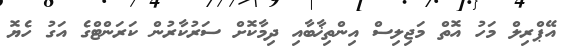
އޭޕްރިލް މަހު އޮތް މަޖިލިސް އިންތިޚާބާއި ދިމާކޮށް ސަރުކާރުން ކަރަންޓްގެ އަގު ހެޔޮ